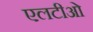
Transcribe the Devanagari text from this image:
एलटीओ